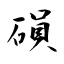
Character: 磒